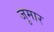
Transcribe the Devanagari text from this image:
जुमार